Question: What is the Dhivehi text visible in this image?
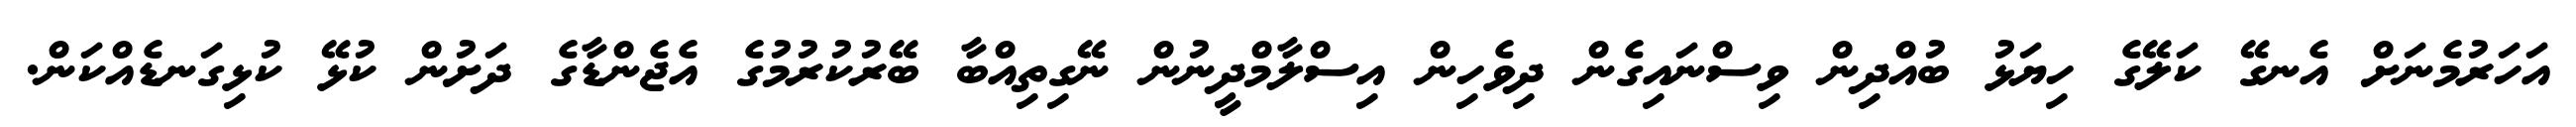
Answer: އަހަރުމެނަށް އެނގޭ ކަލޭގެ ހިޔަޅު ބުއްދިން ވިސްނައިގެން ދިވެހިން އިސްލާމްދީނުން ނޭގިތިއްބާ ބޭރުކުރުމުގެ އެޖެންޑާގެ ދަށުން ކުޅޭ ކުޅިގަނޑެއްކަން.